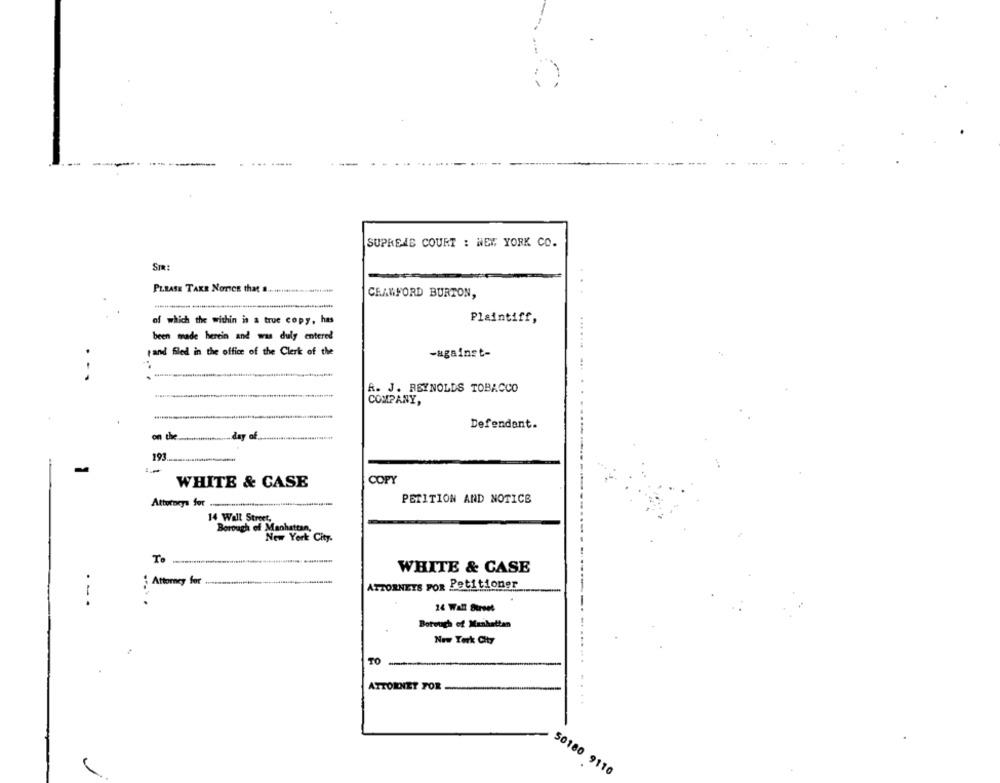
.....-...
--
SUPREAS COURT : NEW YORK CO.
PLEASE TAKE NOTICE that & .... sheteusthisiff
CRAWFORD BURTON,
of which the within in a true copy, has
Plaintiff,
been made herein and was duly entered
tand filed in the office of the Clerk of the
-against-
R. J. REYNOLDS TOBACCO
COMPANY,
Defendant.
on the
day of
193
WHITE & CASE
COPY
Attorneys for
PETITION AND NOTICE
14 Wall Street,
New York City.
To
WHITE & CASE
Attorney for .
ATTORNEYS FOR Petitioner
- -.
14 Wall Street
Borough of Manhattan
New York City
ATTORNEY FOR
50180 9110